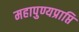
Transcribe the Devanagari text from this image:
महापुण्यप्राप्ति